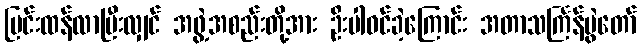
ပြင်းထန်လာပြီးလျှင် အဖွဲ့အစည်းတို့အား ဦးပါဝင်ခဲ့ကြောင်း အတာသင်္ကြန်ပွဲတော်